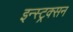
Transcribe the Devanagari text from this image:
इन्स्ट्रक्सन